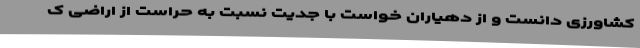
کشاورزی دانست و از دهیاران خواست با جدیت نسبت به حراست از اراضی ک